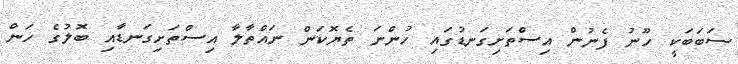
ސަބަބަކީ ހޫނު ފެނުން އިސްތަށިގަނޑުގައި ހުންނަ ތެޔޮކަން ނައްތާލާ އިސްތަށިގަނޑާއި ބޮލުގެ ހަން